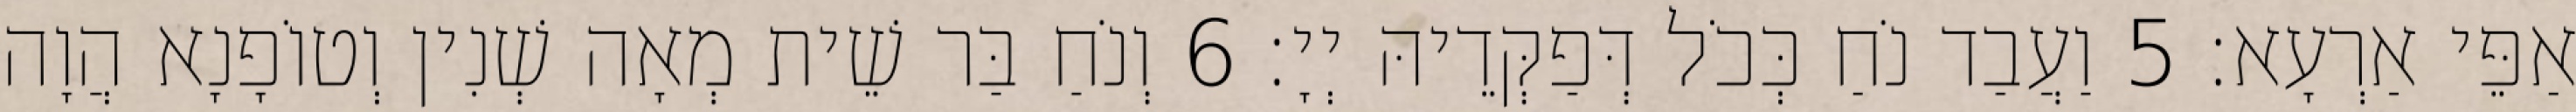
אַפֵּי אַרְעָא׃ 5 וַעֲבַד נֹחַ כְּכֹל דְּפַקְּדֵיהּ יְיָ׃ 6 וְנֹחַ בַּר שֵׁית מְאָה שְׁנִין וְטוֹפָנָא הֲוָה